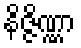
နိဇ္ဇိဏ္ဏာ